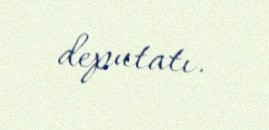
deputatı.